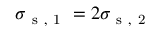
\sigma _ { \mathrm { ~ s ~ , ~ 1 ~ } } = 2 \sigma _ { \mathrm { ~ s ~ , ~ 2 ~ } }